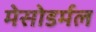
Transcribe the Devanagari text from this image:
मेसोडर्मल